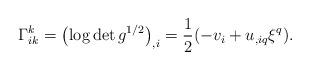
LaTeX: \begin{align*}\Gamma_{ik}^k=\left(\log \det g^{1/2}\right)_{,i}=\frac{1}{2}(-v_i+u_{,iq}\xi^q).\end{align*}